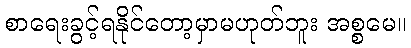
စာရေးခွင့်ရနိုင်တော့မှာမဟုတ်ဘူး အစ္စမေ။